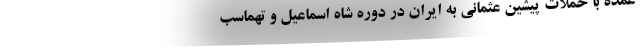
عمده با حملات پیشین عثمانی به ایران در دوره شاه اسماعیل و تهماسب